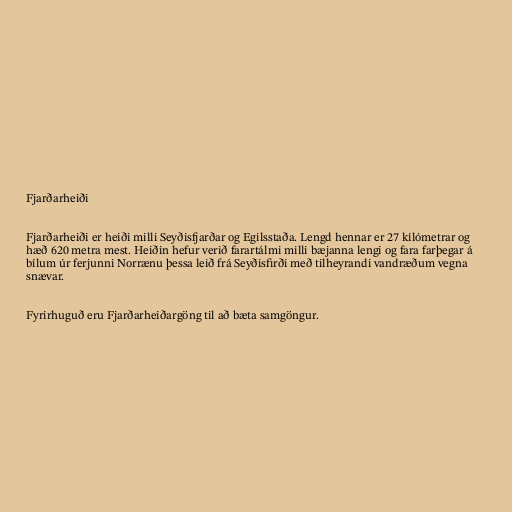
Fjarðarheiði

Fjarðarheiði er heiði milli Seyðisfjarðar og Egilsstaða. Lengd hennar er 27 kílómetrar og
hæð 620 metra mest. Heiðin hefur verið farartálmi milli bæjanna lengi og fara farþegar á
bílum úr ferjunni Norrænu þessa leið frá Seyðisfirði með tilheyrandi vandræðum vegna
snævar.

Fyrirhuguð eru Fjarðarheiðargöng til að bæta samgöngur.